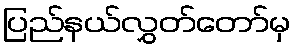
ပြည်နယ်လွှတ်တော်မှ